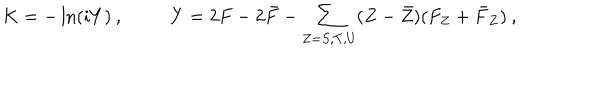
K = - \ln ( i Y ) \: , ~ Y = 2 F - 2 \bar { F } - { \sum _ { Z = S , T , U } } ( Z - \bar { Z } ) ( F _ { Z } + \bar { F } _ { Z } ) \: ,